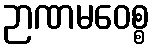
ဉာဏမဝေစ္စ